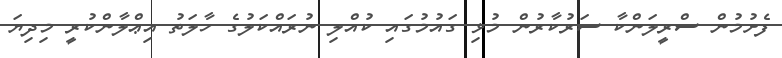
ފެށުމުން ސްރީލަންކާ ސަރުކާރުން މުޅި ގައުމުގައި ކުއްލި ނުރައްކަލުގެ ހާލަތު އިޢްލާންކުރީ މިދިޔަ